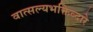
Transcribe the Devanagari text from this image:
वात्सल्यभक्तिव्दारे